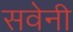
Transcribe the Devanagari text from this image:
सवेनी